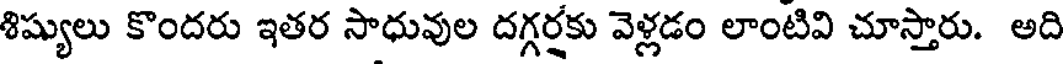
శిష్యులు కొందరు ఇతర సాధువుల దగ్గర్షకు వెళ్లడం లాంటివి చూస్తారు. అది